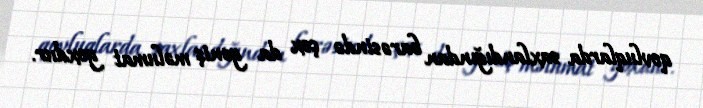
qovluqlarda saxlandığından barəsində çox da geniş məlumat yoxdur.